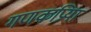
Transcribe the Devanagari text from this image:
गणकप्रिया